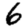
Digit: 6